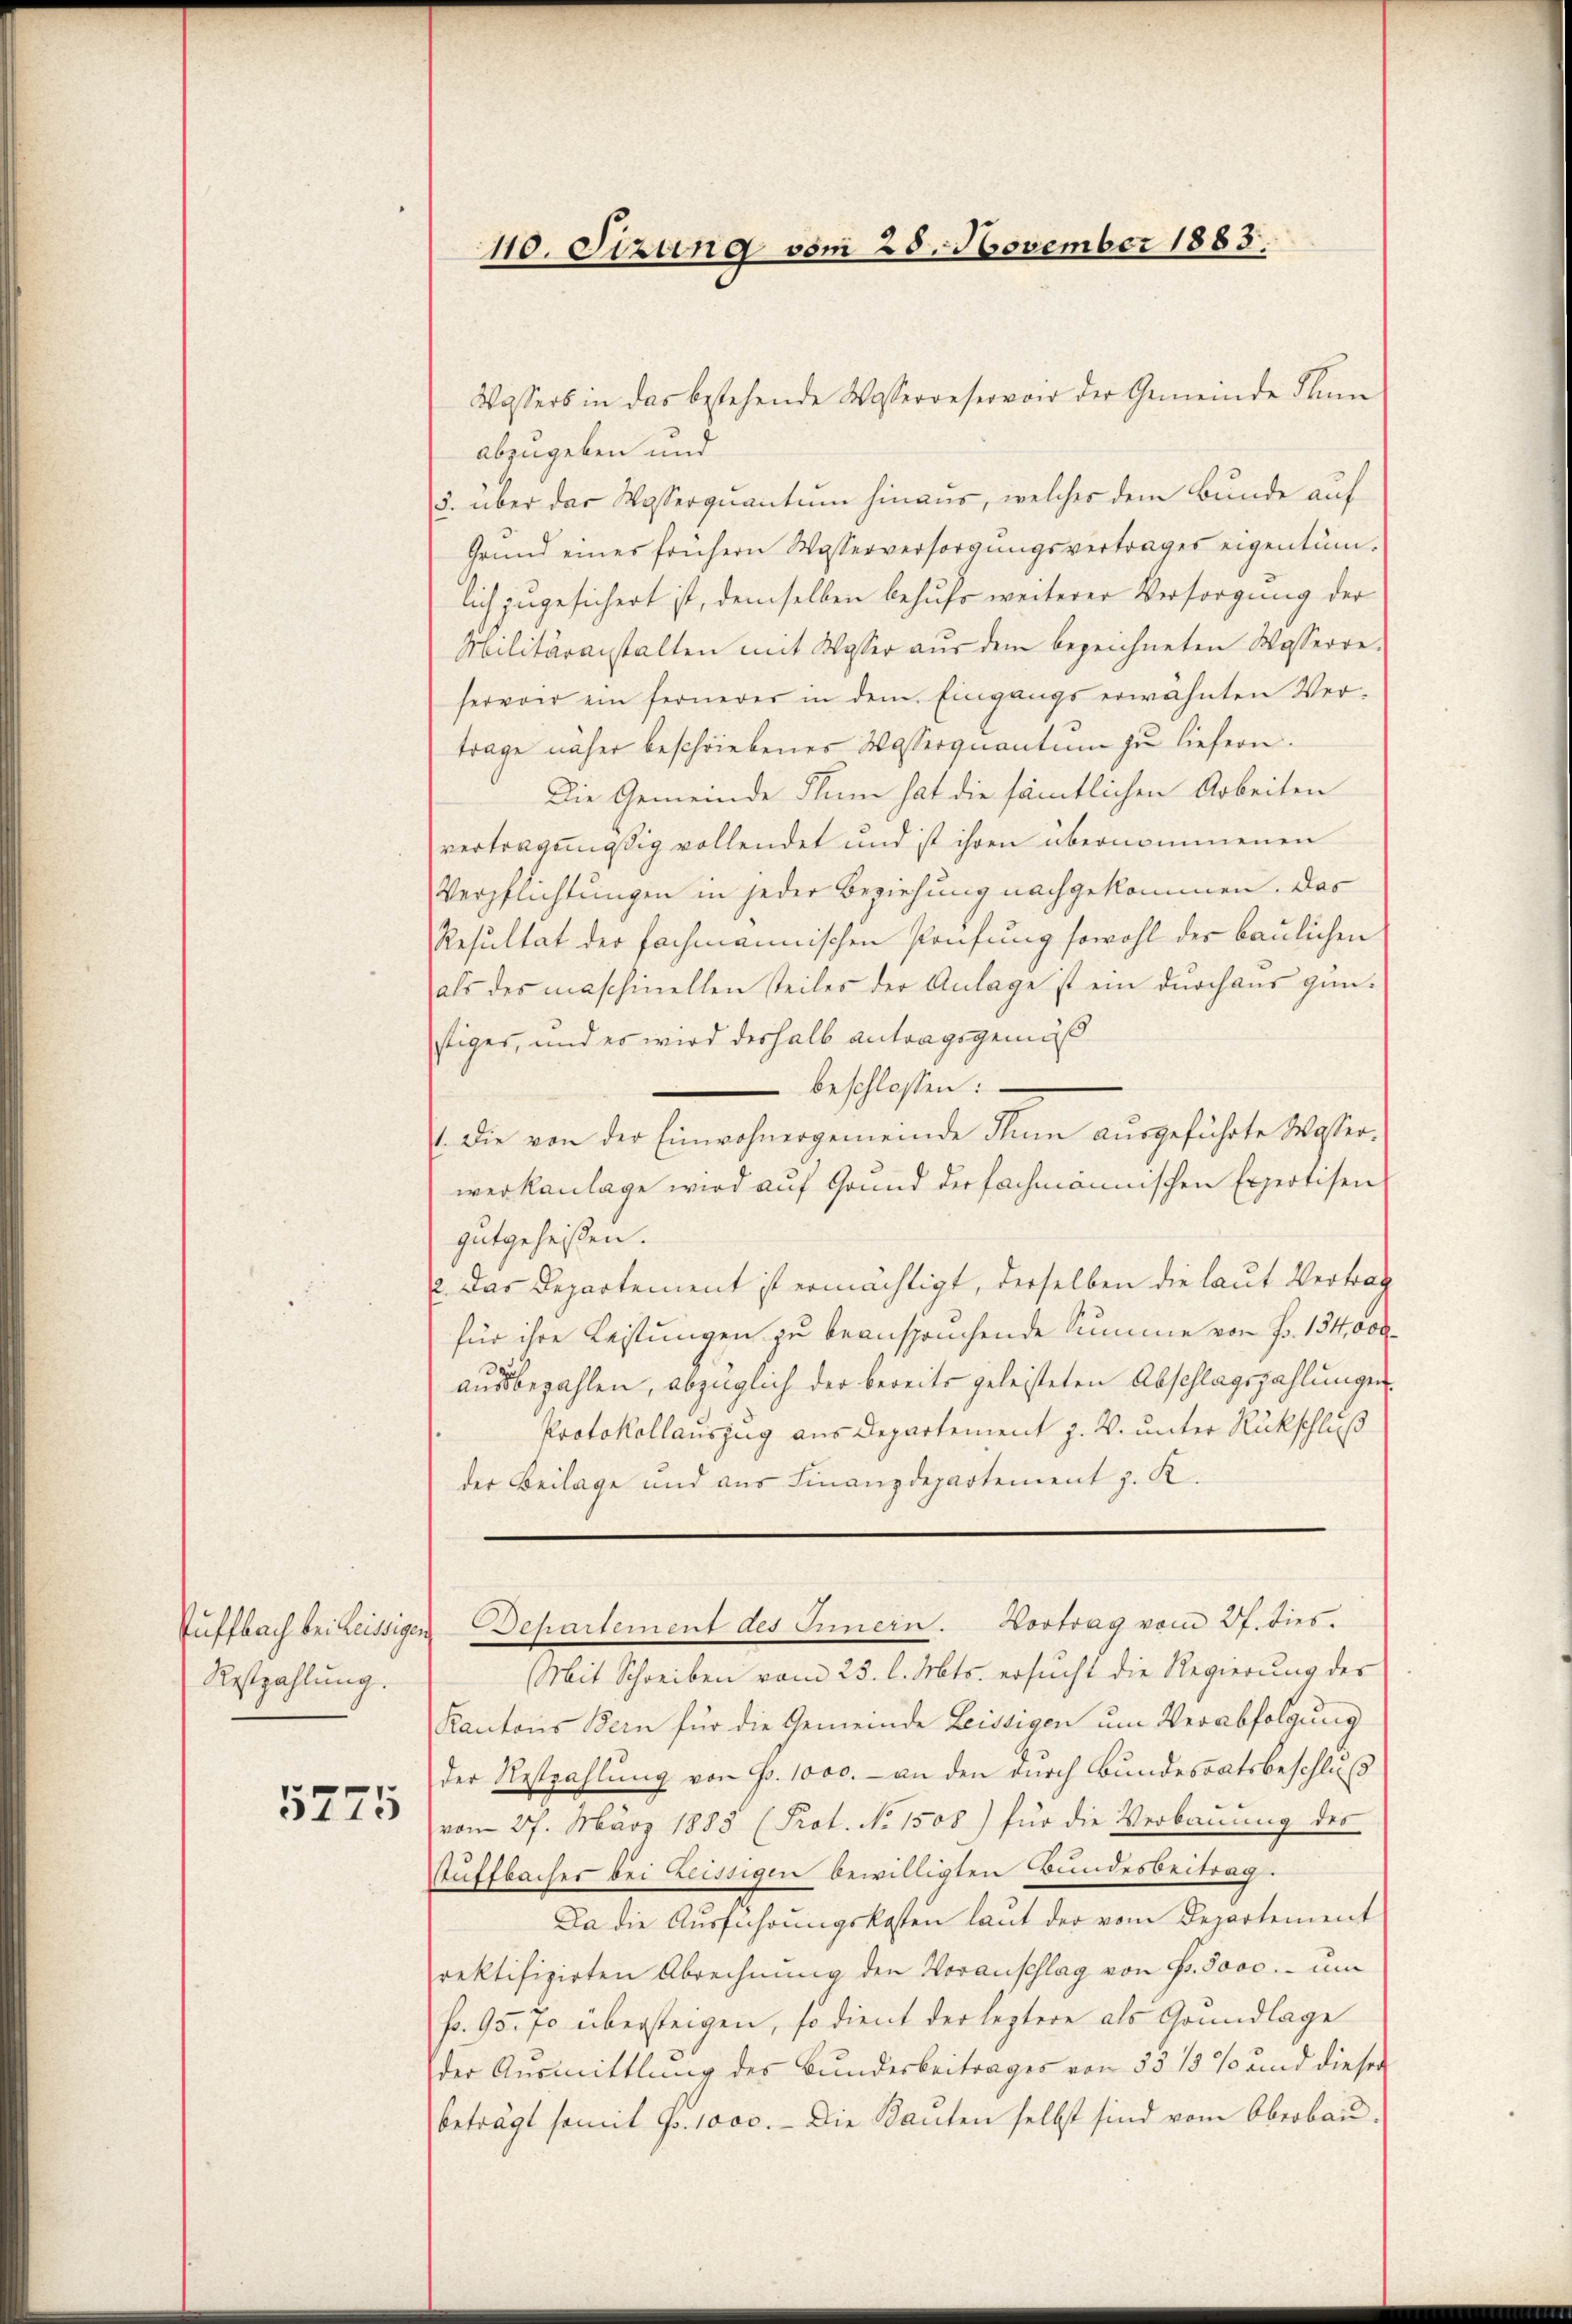
Restzahlung.

5275

Wassers in das bestehende Wasseroeservoir der Gemeinde Plan
abzugeben und
5. über das Wasserquantum hinaus, welches dem Bunde auf
Grund einer frühern Wasserversorgungsvertrages eigentum.
lich zugesichert ist, demselben behufs weiterer Versorgung der
Militäranstalten mit Wasser aus dem bezeichneten Wasserre-
hervon ein fernerer in dem Eingangs erwähnten Vertrage näher beschriebenes Wasserquantum zu liefern.
Die Gemeinde Plum hat die sämtlichen Arbeiten
vertragsmässig vollendet und ist ihren übernommenen
Verpflichtungen in jeder Beziehung nachgekommen. Das
Resultat der fachmannischen Prüfung sowohl der baulichen
als des maschinellen steiles der Anlage ist ein durchaus günstiger, und es wird deshalb antragsgemäß
beschlossen:
1. Die von der Einwohnergemeinde Thüm aŭsgeführte Wasser-
werkanlage wird auf Grund der fachmännischen Expertisen
gutgeheißen.
2. Das Departement ist ermächtigt, derselben die laut Vertrag
für ihre Leistungen zu beanspruchende Summe von Fr. 134,000
ausbezahlen, abzüglich der bereits geleisteten Abschlagszahlungen
Protokollauszug aus Departement J. V. unter Rückschluß
der Beilage und aus Finanzdepartement z. K.

110. Sizung vom 25. November 1883.

Mit Schreiben vom 23. l. Mts. ersucht die Regierung des
Kantons Bern für die Gemeinde Leistigen um Verabfolgung
der Restzahlung von Fr. 1000. - an den durch Bundesratsbeschluß
vom 27. März 1883 (Prot. No. 1508) für die Verbauung des
Auffbacher bei Leissigen bewilligten Bundesbeitrag.
Da die Ausführungskosten laut der vom Departement
rektifizirten Abrechnung den Voranschlag von Fr. 3000.- um
fr. 95. 70 übersteigen, so dient der leztere als Grundlage
der Ausmittlung des Bundesbeitrages von 35 15 % und dieser
beträgt somit Fr. 1000. - Die Bauten selbst sind vom Oberbau

Puffbach bei Leissigen Departement des Innern. Vortrag vom 27. dies.